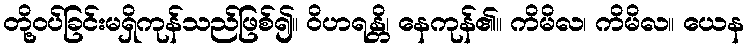
တို့ဝပ်ခြင်းမရှိကုန်သည်ဖြစ်၍။ ဝိဟရန္တိ၊ နေကုန်၏။ ကိမိလ၊ ကိမိလ။ ယေန